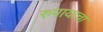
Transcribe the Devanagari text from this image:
रुपायाचा